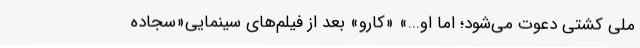
ملی کشتی دعوت می‌شود؛ اما او...» «کارو» بعد از فیلم‌های سینمایی«سجاده